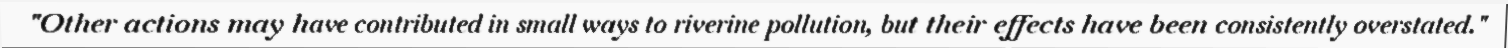
"Other actions may have contributed in small ways to riverine pollution, but their effects have been consistently overstated."